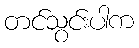
တင်သွင်းပါက